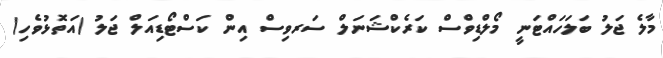
މާލެ ޖަލު ބަލަހައްޓަނީ މޯލްޑިވްސް ކަރެކްޝަނަލް ސަރވިސް އިން ކަސްޓޯޑިއަލް ޖަލު (އަތޮޅުވެހި)